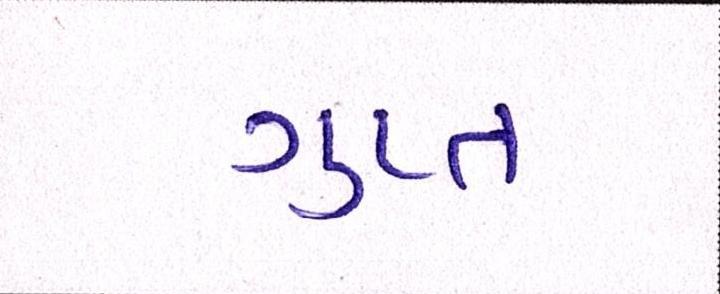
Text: ગુપ્ત